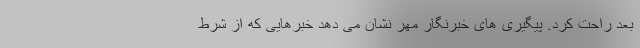
بعد راحت کرد. پیگیری های خبرنگار مهر نشان می دهد خبرهایی که از شرط